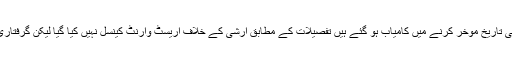
لیکن ارشی خان کے پروموشنل ارشی کی گرفتاری کی تاریخ موخر کرنے میں کامیاب ہو گئے ہیں تفصیلات کے مطابق ارشی کے خلاف اریسٹ وارنٹ کینسل نہیں کیا گیا لیکن گرفتاری کی تاریخ کو 15 جنوری تک موخر کر دیا گیا ہے۔